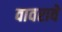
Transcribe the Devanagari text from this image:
वावरावे